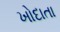
ખોદાતા